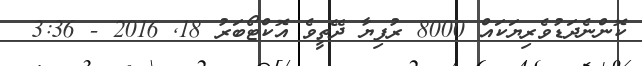
ކޮންނެދަޑުވެރިޔަކައް 8000 ރުފިޔާ ދޭތީވެ އޮކްޓޯބަރު 18